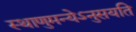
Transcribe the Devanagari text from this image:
स्थाणुमन्येऽनुसयति